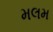
મલમ